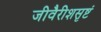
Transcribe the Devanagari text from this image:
जीवैरीशसृष्टं